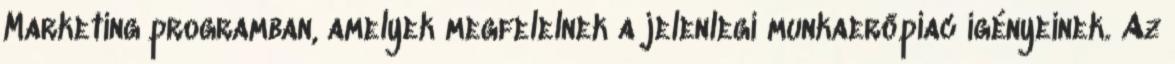
Marketing programban, amelyek megfelelnek a jelenlegi munkaerőpiac igényeinek. Az